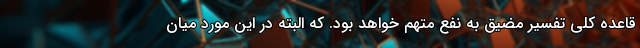
قاعده کلی تفسیر مضیق به نفع متهم خواهد بود. که البته در این مورد میان